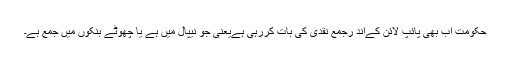
حکومت اب بھی پائپ لائن کےاند رجمع نقدی کی بات کررہی ہےیعنی جو نیپال میں ہے یا چھوٹے بنکوں میں جمع ہے۔